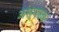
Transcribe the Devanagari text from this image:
अश्फाक